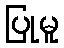
ပြုမူ